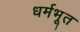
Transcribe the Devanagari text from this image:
धर्मभूत